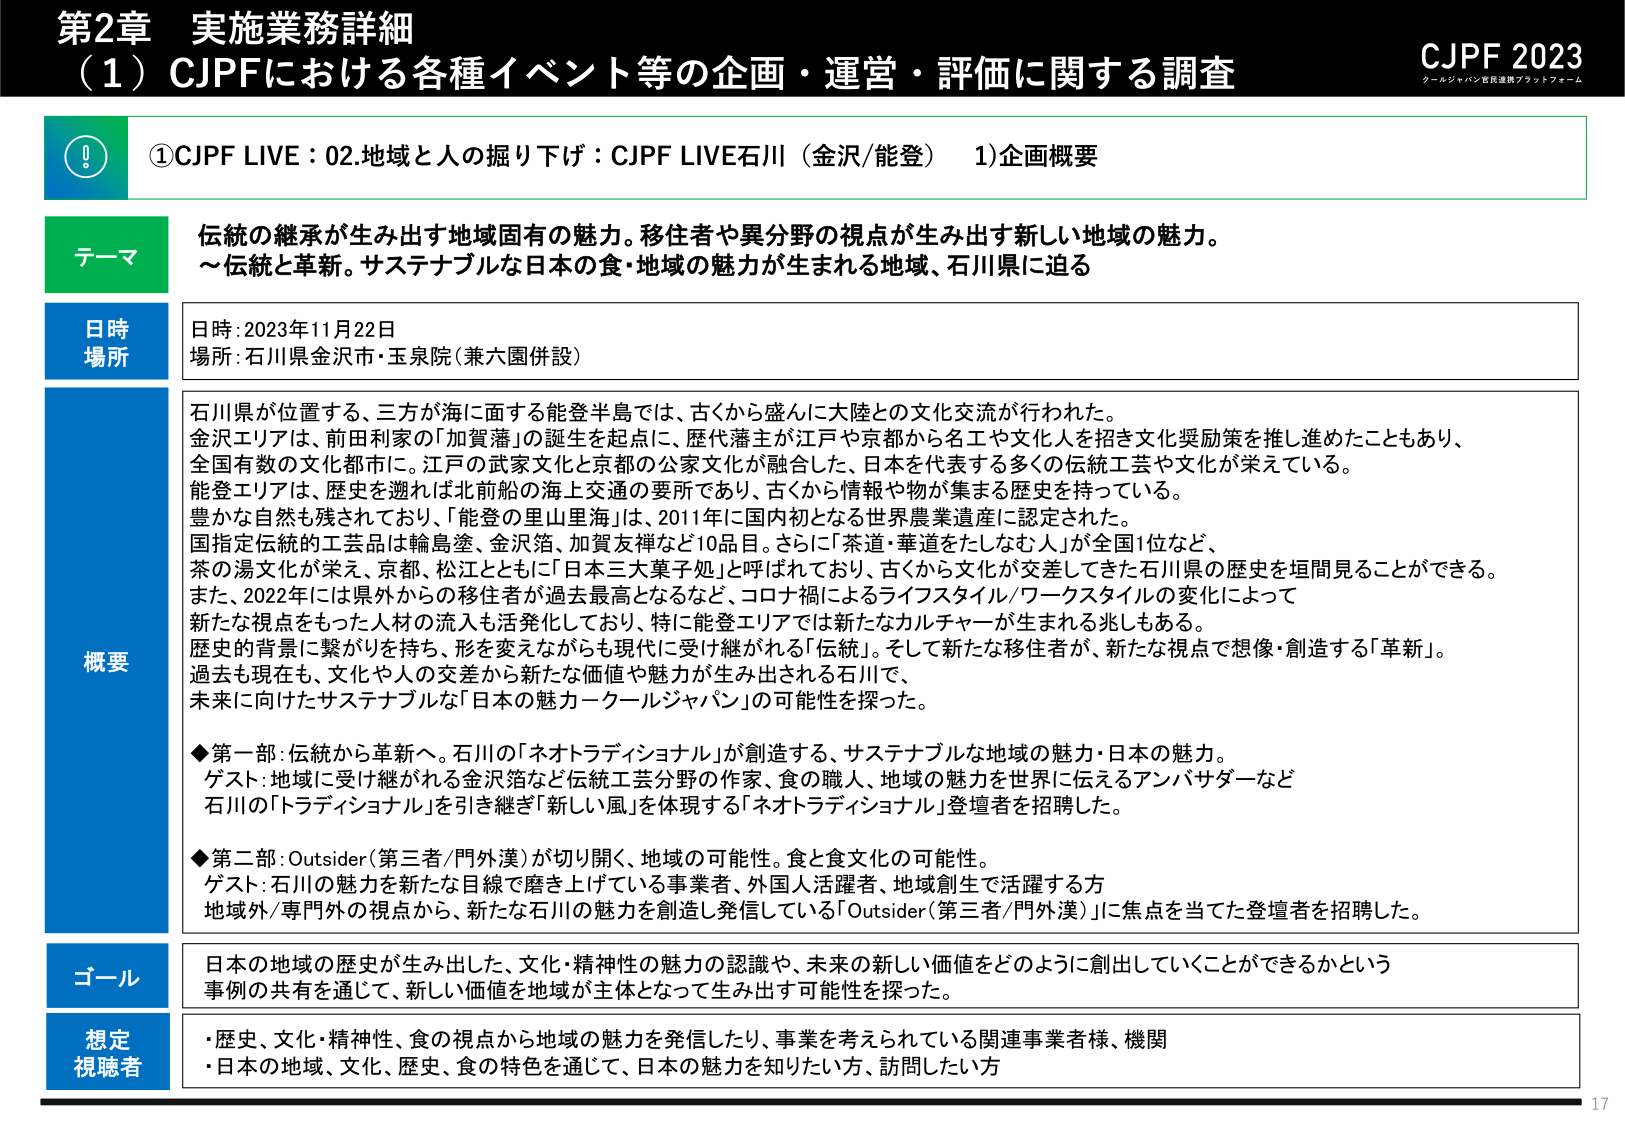
第2章 実施業務詳細
（1）CJPFにおける各種イベント等の企画・運営・評価に関する調査

CJPF 2023
クールジャパン官民連携プラットフォーム

①CJPF LIVE：02.地域と人の掘り下げ：CJPF LIVE石川（金沢/能登） 1)企画概要

テーマ
伝統の継承が生み出す地域固有の魅力。移住者や異分野の視点が生み出す新しい地域の魅力。
～伝統と革新。サステナブルな日本の食・地域の魅力が生まれる地域、石川県に迫る

日時
場所
日時：2023年11月22日
場所：石川県金沢市・玉泉院（兼六園併設）

概要
石川県が位置する、三方が海に面する能登半島では、古くから盛んに大陸との文化交流が行われた。
金沢エリアは、前田利家の「加賀藩」の誕生を起点に、歴代藩主が江戸や京都から名工や文化人を招き文化奨励策を推し進めたこともあり、
全国有数の文化都市に。江戸の武家文化と京都の公家文化が融合した、日本を代表する多くの伝統工芸や文化が栄えている。
能登エリアは、歴史を遡れば北前船の海上交通の要所であり、古くから情報や物が集まる歴史を持っている。
豊かな自然も残されており、「能登の里山里海」は、2011年に国内初となる世界農業遺産に認定された。
国指定伝統的工芸品は輪島塗、金沢箔、加賀友禅など10品目。さらに「茶道・華道をたしなむ人」が全国1位など、
茶の湯文化が栄え、京都、松江とともに「日本三大菓子処」と呼ばれており、古くから文化が交差してきた石川県の歴史を垣間見ることができる。
また、2022年には県外からの移住者が過去最高となるなど、コロナ禍によるライフスタイル/ワークスタイルの変化によって
新たな視点をもった人材の流入も活発化しており、特に能登エリアでは新たなカルチャーが生まれる兆しもある。
歴史的背景に繋がりを持ち、形を変えながらも現代に受け継がれる「伝統」。そして新たな移住者が、新たな視点で想像・創造する「革新」。
過去も現在も、文化や人の交差から新たな価値や魅力が生み出される石川で、
未来に向けたサステナブルな「日本の魅力ーコールジャパン」の可能性を探った。

◆第一部：伝統から革新へ。石川の「ネオトラディショナル」が創造する、サステナブルな地域の魅力・日本の魅力。
ゲスト：地域に受け継がれる金沢箔など伝統工芸分野の作家、食の職人、地域の魅力を世界に伝えるアンバサダーなど
石川の「トラディショナル」を引き継ぎ「新しい風」を体現する「ネオトラディショナル」登壇者を招聘した。

◆第二部：Outsider（第三者/門外漢）が切り開く、地域の可能性。食と食文化の可能性。
ゲスト：石川の魅力を新たな目線で磨き上げている事業者、外国人活躍者、地域創生で活躍する方
地域外/専門外の視点から、新たな石川の魅力を創造し発信している「Outsider（第三者/門外漢）」に焦点を当てた登壇者を招聘した。

ゴール
日本の地域の歴史が生み出した、文化・精神性の魅力の認識や、未来の新しい価値をどのように創出していけるかという
事例の共有を通じて、新しい価値を地域が主体となって生み出す可能性を探った。

想定
視聴者
・歴史・文化・精神性、食の視点から地域の魅力を発信したり、事業を考えられている関連事業者様、機関
・日本の地域、文化、歴史、食の特色を通じて、日本の魅力を知りたい方、訪問したい方

17